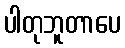
ပါတုဘူတာပေ